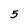
Character: 5